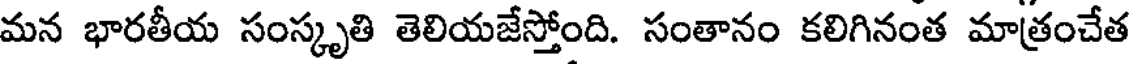
మన భారతీయ సంస్కృతి తెలియజేస్తోంది. సంతానం కలిగినంత మాత్రంచేత